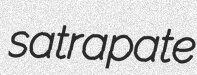
satrapate